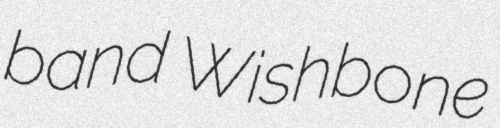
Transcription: band Wishbone